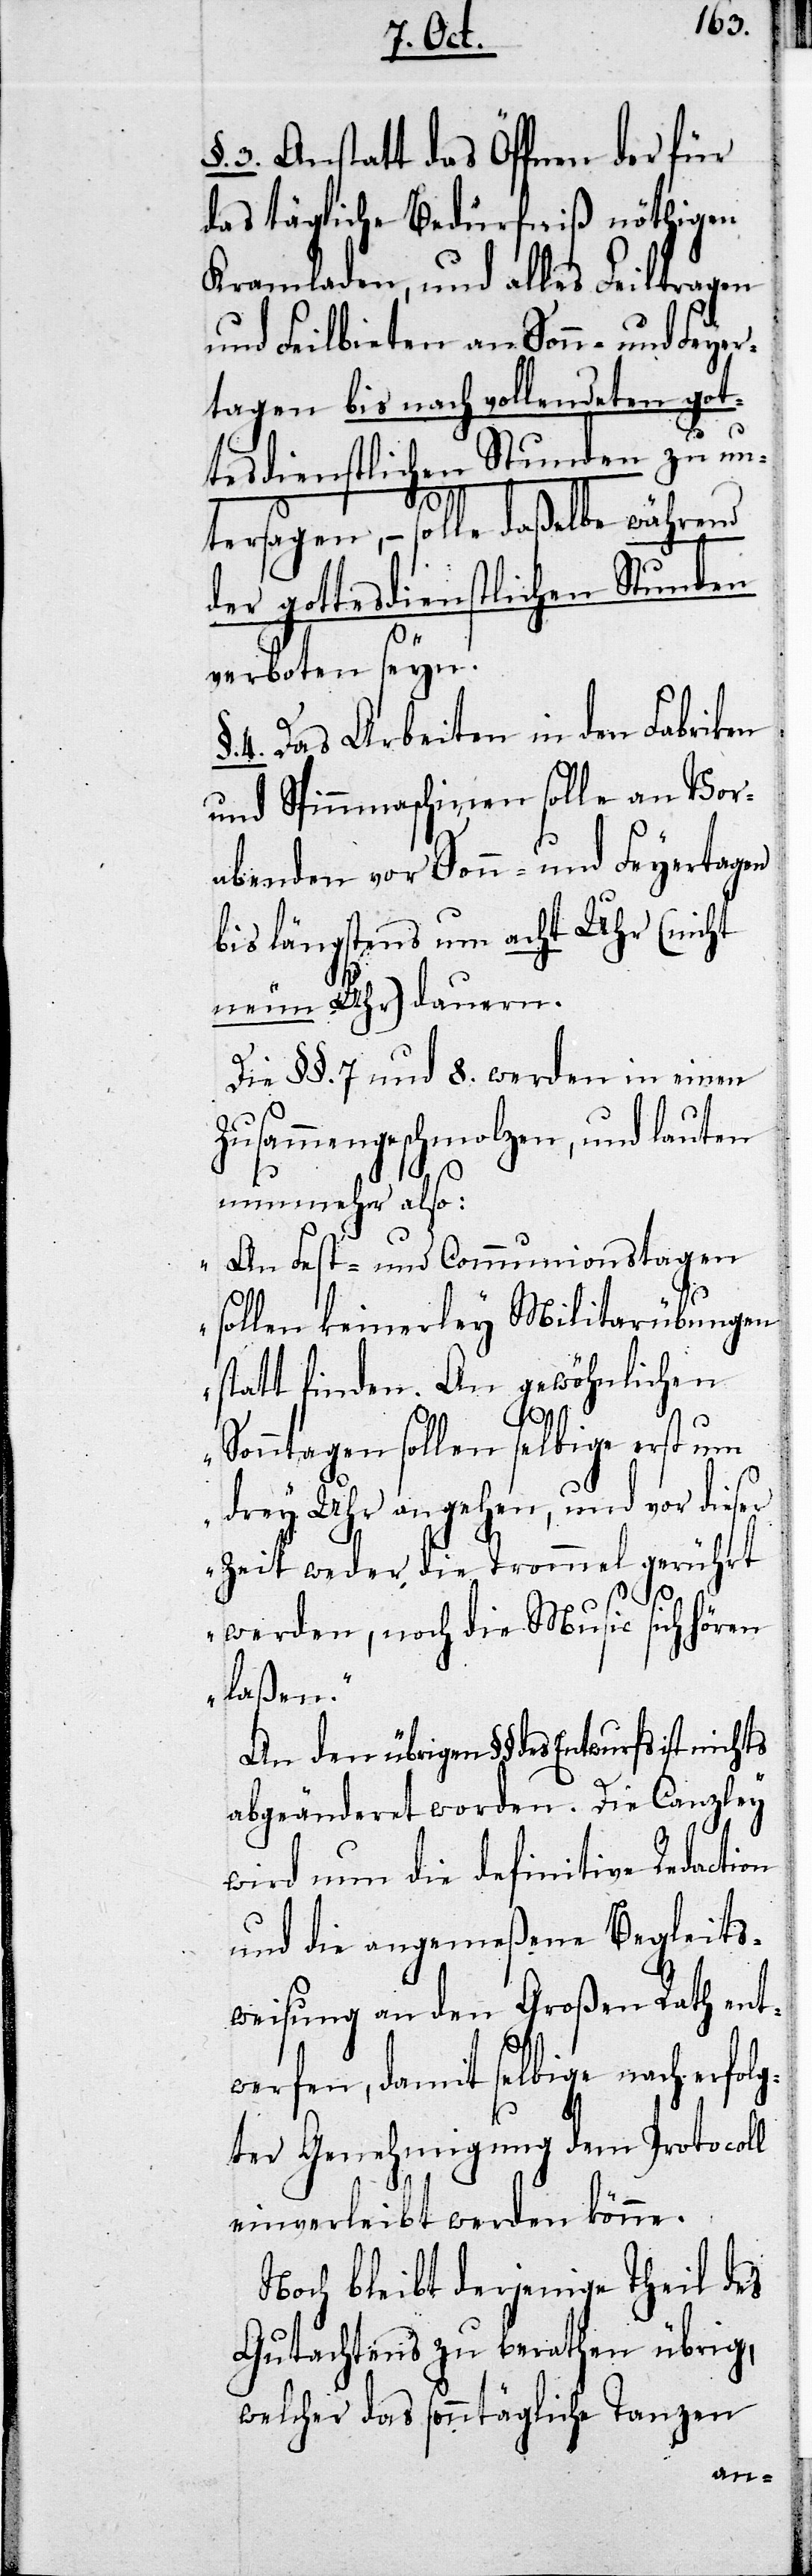
3. Anstatt das Öffnen der für
das tägliche Bedürfniß nöthigen
Kramladen, und alles Feiltragen
und Feilbieten an Sonn- und Feyer¬
tagen bis nach vollendeten got¬
tesdienstlichen Stunden zu un¬
n.
tersagen, – solle daßelbe während
der gottesdienstlichen Stunden
verboten seyn.
4. Das Arbeiten in den Fabriken
und Spinnmaschinen soll an Vor¬
abenden vor Sonn-und Feyertagen
bis längstens um acht Uhr (nicht
neun Uhr) dauern.
Die §§. 7. und 8. werden in einem
zusammengeschmolzen, und lauten
nunmehr also:
„An Fest- und Communionstagen
sollen keinerley Militarübungen
statt finden. An gewöhnlichen
Sonntagen sollen selbige erst um
drey Uhr angehen, und vor dieser
Zeit weder die Trommel gerührt
werden, noch die Music sich hören
laßen.“
An den übrigen §§ des Entwurfs ist
abgeänderet worden. Die Canzley
wird nun die definitive Redacti¬
und die angemeßene Begleits¬
weisung an den Grosen Rath ent¬
werfen, damit selbige nach erfolg¬
ter Genehmigung dem Protocoll
einverleibt werden könne¬
Noch bleibt derjenige Theil des
Gutachtens zu berathen übrig,
welcher das sonntägliche Tanzen